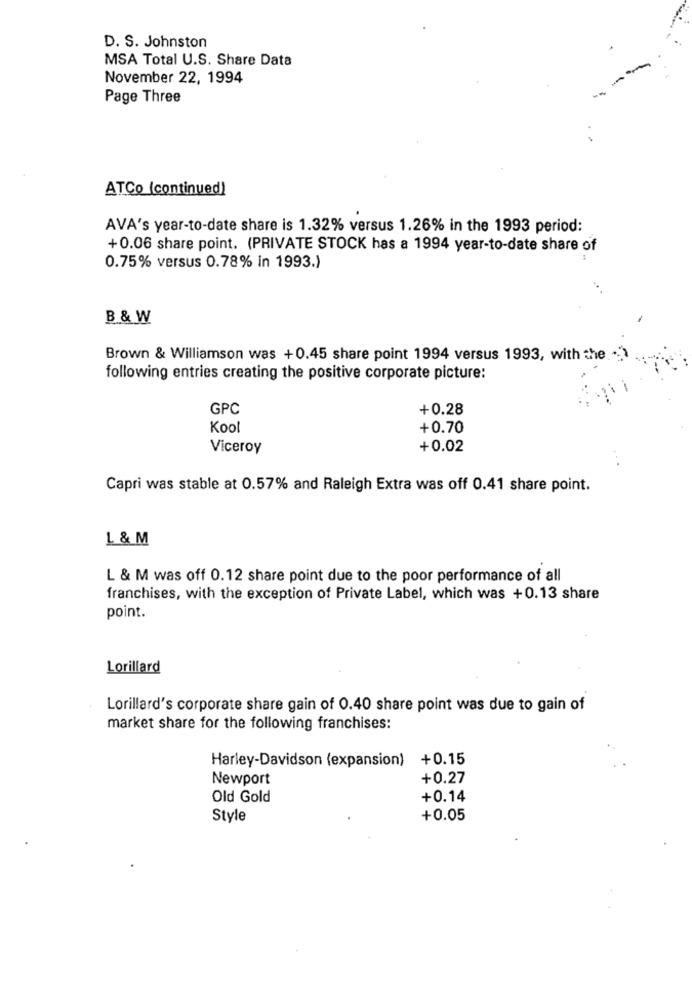
D. S. Johnston
MSA Total U.S. Share Data
November 22, 1994
Page Three
ATCo (continued)
AVA's year-to-date share is 1.32% versus 1.26% in the 1993 period:
+0.06 share point. (PRIVATE STOCK has a 1994 year-to-date share of
0.75% versus 0.78% in 1993.)
B & W
Brown & Williamson was +0.45 share point 1994 versus 1993, with the ..
following entries creating the positive corporate picture:
GPC
+0.28
Kool
+0.70
Viceroy
+0.02
Capri was stable at 0.57% and Raleigh Extra was off 0.41 share point.
L & M
L & M was off 0.12 share point due to the poor performance of all
franchises, with the exception of Private Label, which was +0.13 share
point.
Lorillard
Lorillard's corporate share gain of 0.40 share point was due to gain of
market share for the following franchises:
Harley-Davidson (expansion)
+0.15
Newport
+0.27
Old Gold
+0.14
Style
+0.05